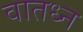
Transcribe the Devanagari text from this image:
वातध्न